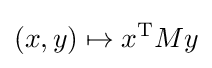
(x,y)\mapsto x^{\mathrm {T} }My